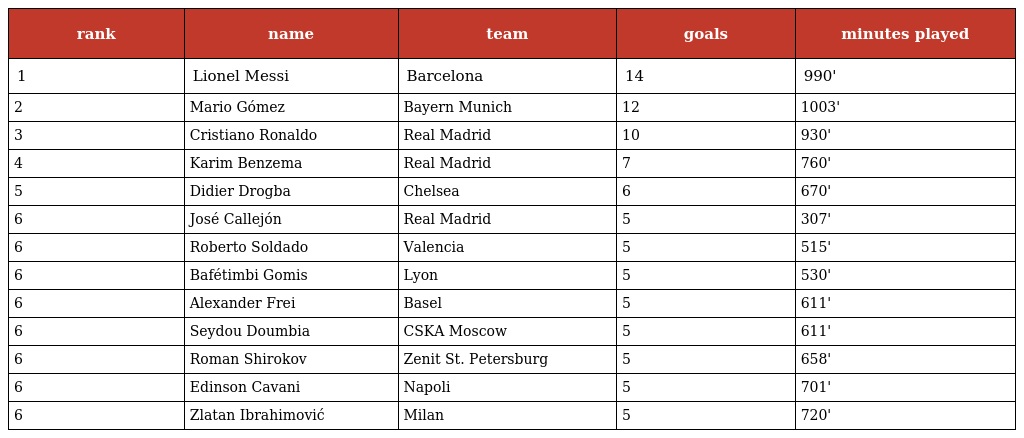
| rank | name | team | goals | minutes played |
 | --- | --- | --- | --- | --- |
 | 1 | Lionel Messi | Barcelona | 14 | 990' |
 | 2 | Mario Gómez | Bayern Munich | 12 | 1003' |
 | 3 | Cristiano Ronaldo | Real Madrid | 10 | 930' |
 | 4 | Karim Benzema | Real Madrid | 7 | 760' |
 | 5 | Didier Drogba | Chelsea | 6 | 670' |
 | 6 | José Callejón | Real Madrid | 5 | 307' |
 | 6 | Roberto Soldado | Valencia | 5 | 515' |
 | 6 | Bafétimbi Gomis | Lyon | 5 | 530' |
 | 6 | Alexander Frei | Basel | 5 | 611' |
 | 6 | Seydou Doumbia | CSKA Moscow | 5 | 611' |
 | 6 | Roman Shirokov | Zenit St. Petersburg | 5 | 658' |
 | 6 | Edinson Cavani | Napoli | 5 | 701' |
 | 6 | Zlatan Ibrahimović | Milan | 5 | 720' |